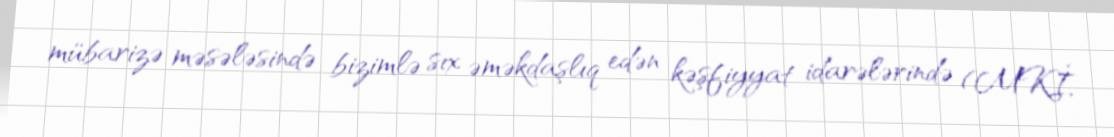
mübarizə məsələsində bizimlə sıx əməkdaşlıq edən kəşfiyyat idarələrində (MKİ,